Indian journal of veterinary science and animal husbandry - Volume 4,
Year: 1934
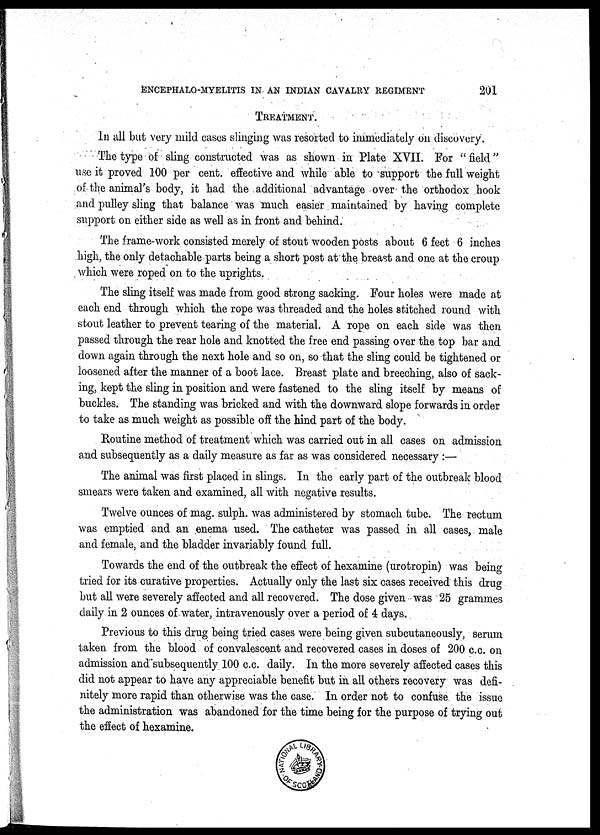
ENCEPHALO-MYELITIS IN AN INDIAN CAVALRY REGIMENT
201
TREATMENT.
In all but very mild cases slinging was resorted to immediately on discovery.
The type of sling constructed was as shown in Plate XVII. For " field"
use it proved 100 per cent. effective and while able to support the full weight
of the animal's body, it had the additional advantage over the orthodox hook
and pulley sling that balance was much easier maintained by having complete
support on either side as well as in front and behind.
The frame-work consisted merely of stout wooden posts about 6 feet 6 inches
high, the only detachable parts being a short post at the breast and one at the croup
which were roped on to the uprights.
The sling itself was made from good strong sacking. Four holes were made at
each end through which the rope was threaded and the holes stitched round with
stout leather to prevent tearing of the material. A rope on each side was then
passed through the rear hole and knotted the free end passing over the top bar and
down again through the next hole and so on, so that the sling could be tightened or
loosened after the manner of a boot lace. Breast plate and breeching, also of sack-
ing, kept the sling in position and were fastened to the sling itself by means of
buckles. The standing was bricked and with the downward slope forwards in order
to take as much weight as possible off the hind part of the body.
Routine method of treatment which was carried out in all cases on admission
and subsequently as a daily measure as far as was considered necessary :—
The animal was first placed in slings. In the early part of the outbreak blood
smears were taken and examined, all with negative results.
Twelve ounces of mag. sulph. was administered by stomach tube. The rectum
was emptied and an enema used. The catheter was passed in all cases, male
and female, and the bladder invariably found full.
Towards the end of the outbreak the effect of hexamine (urotropin) was being
tried for its curative properties. Actually only the last six cases received this drug
but all were severely affected and all recovered. The dose given was 25 grammes
daily in 2 ounces of water, intravenously over a period of 4 days.
Previous to this drug being tried cases were being given subcutaneously, serum
taken from the blood of convalescent and recovered cases in doses of 200 c.c. on
admission and subsequently 100 c.c. daily. In the more severely affected cases this
did not appear to have any appreciable benefit but in all others recovery was defi-
nitely more rapid than otherwise was the case. In order not to confuse the issue
the administration was abandoned for the time being for the purpose of trying out
the effect of hexamine.